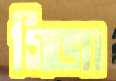
গিজা